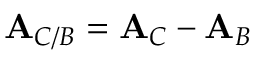
\mathbf { A } _ { C / B } = \mathbf { A } _ { C } - \mathbf { A } _ { B }